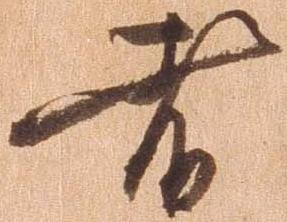
者